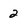
Character: 2